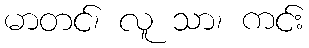
မာတင်၊ လူ သာ၊ ကင်း